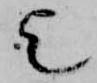
歟